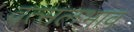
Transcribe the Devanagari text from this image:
वत्सलभाव